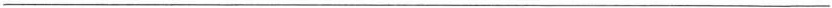
——————